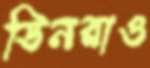
ডিনরাও